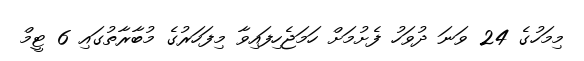
މިމަހުގެ 24 ވަނަ ދުވަހު ފެށުމަށް ހަމަޖެހިފައިވާ މިފަހަރުގެ މުބާރާތުގައި 6 ޓީމް